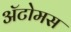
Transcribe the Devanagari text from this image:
अॅटोमस